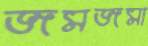
জমজমা